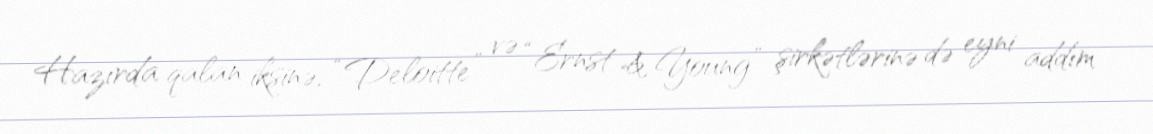
Hazırda qalan iksinə, “Deloitte” və “Ernst & Young” şirkətlərinə də eyni addım